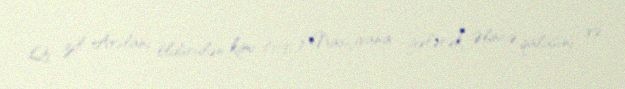
Qı zıl Arslanı öldürülən kimi (1191) Naxçıvana gələrək, Əlincə qalasını və